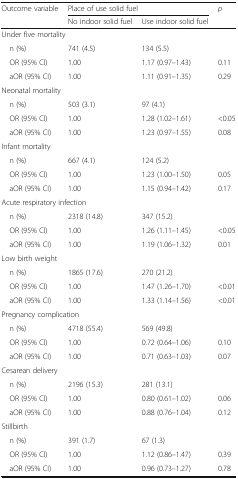
<table><thead><tr><td rowspan="2"><b>Outcome variable</b></td><td colspan="2"><b>Place of use solid fuel</b></td><td rowspan="2"><b><i>p</i></b></td></tr><tr><td><b>No indoor solid fuel</b></td><td><b>Use indoor solid fuel</b></td></tr></thead><tbody><tr><td colspan="4">Under five mortality</td></tr><tr><td> n (%)</td><td>741 (4.5)</td><td>134 (5.5)</td><td></td></tr><tr><td> OR (95% CI)</td><td>1.00</td><td>1.17 (0.97–1.43)</td><td>0.11</td></tr><tr><td> aOR (95% CI)</td><td>1.00</td><td>1.11 (0.91–1.35)</td><td>0.29</td></tr><tr><td colspan="4">Neonatal mortality</td></tr><tr><td> n (%)</td><td>503 (3.1)</td><td>97 (4.1)</td><td></td></tr><tr><td> OR (95% CI)</td><td>1.00</td><td>1.28 (1.02–1.61)</td><td>&lt;0.05</td></tr><tr><td> aOR (95% CI)</td><td>1.00</td><td>1.23 (0.97–1.55)</td><td>0.08</td></tr><tr><td colspan="4">Infant mortality</td></tr><tr><td> n (%)</td><td>667 (4.1)</td><td>124 (5.2)</td><td></td></tr><tr><td> OR (95% CI)</td><td>1.00</td><td>1.23 (1.00–1.50)</td><td>0.05</td></tr><tr><td> aOR (95% CI)</td><td>1.00</td><td>1.15 (0.94–1.42)</td><td>0.17</td></tr><tr><td colspan="4">Acute respiratory infection</td></tr><tr><td> n (%)</td><td>2318 (14.8)</td><td>347 (15.2)</td><td></td></tr><tr><td> OR (95% CI)</td><td>1.00</td><td>1.26 (1.11–1.45)</td><td>&lt;0.05</td></tr><tr><td> aOR (95% CI)</td><td>1.00</td><td>1.19 (1.06–1.32)</td><td>0.01</td></tr><tr><td colspan="4">Low birth weight</td></tr><tr><td> n (%)</td><td>1865 (17.6)</td><td>270 (21.2)</td><td></td></tr><tr><td> OR (95% CI)</td><td>1.00</td><td>1.47 (1.26–1.70)</td><td>&lt;0.01</td></tr><tr><td> aOR (95% CI)</td><td>1.00</td><td>1.33 (1.14–1.56)</td><td>&lt;0.01</td></tr><tr><td colspan="4">Pregnancy complication</td></tr><tr><td> n (%)</td><td>4718 (55.4)</td><td>569 (49.8)</td><td></td></tr><tr><td> OR (95% CI)</td><td>1.00</td><td>0.72 (0.64–1.06)</td><td>0.10</td></tr><tr><td> aOR (95% CI)</td><td>1.00</td><td>0.71 (0.63–1.03)</td><td>0.07</td></tr><tr><td colspan="4">Cesarean delivery</td></tr><tr><td> n (%)</td><td>2196 (15.3)</td><td>281 (13.1)</td><td></td></tr><tr><td> OR (95% CI)</td><td>1.00</td><td>0.80 (0.61–1.02)</td><td>0.06</td></tr><tr><td> aOR (95% CI)</td><td>1.00</td><td>0.88 (0.76–1.04)</td><td>0.12</td></tr><tr><td colspan="4">Stillbirth</td></tr><tr><td> n (%)</td><td>391 (1.7)</td><td>67 (1.3)</td><td></td></tr><tr><td> OR (95% CI)</td><td>1.00</td><td>1.12 (0.86–1.47)</td><td>0.39</td></tr><tr><td> aOR (95% CI)</td><td>1.00</td><td>0.96 (0.73–1.27)</td><td>0.78</td></tr></tbody></table>